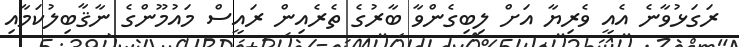
ރަގަޅުވާނެ އެއީ ވެރިޔާ އަށް ލިބިގެންވާ ބާރުގެ ތެރެއިން ރައީސް މައުމޫންގެ ނާޤާބިލުކަމާއި